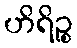
ဟိရိဉ္စ